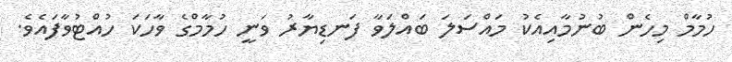
ހުމާމް މިހެން ބުނުމާއިއެކު މައްސަލަ ބައްލަވާ ފަނޑިޔާރު ވަނީ ހުމާމްގެ ވާހަކަ ހުއްޓުވާފައެވެ.